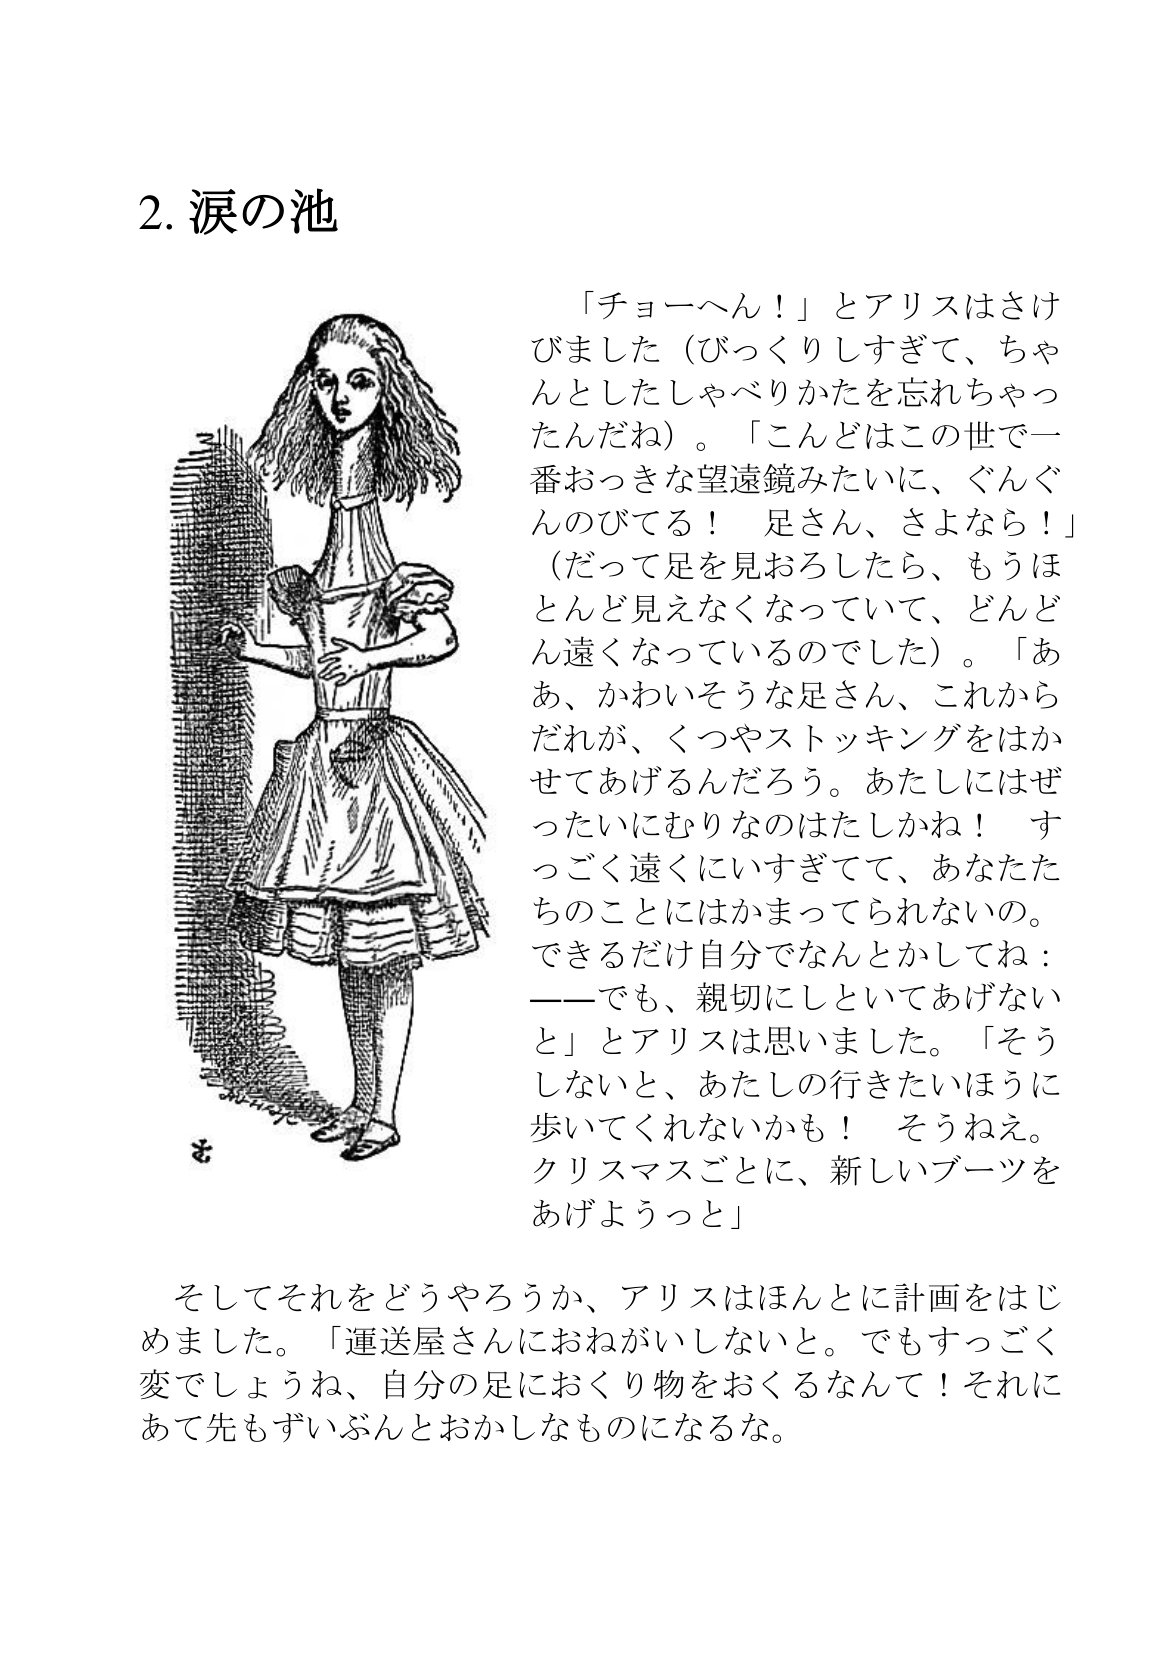
Language: ja